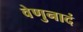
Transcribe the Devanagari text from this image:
वेणुनादं